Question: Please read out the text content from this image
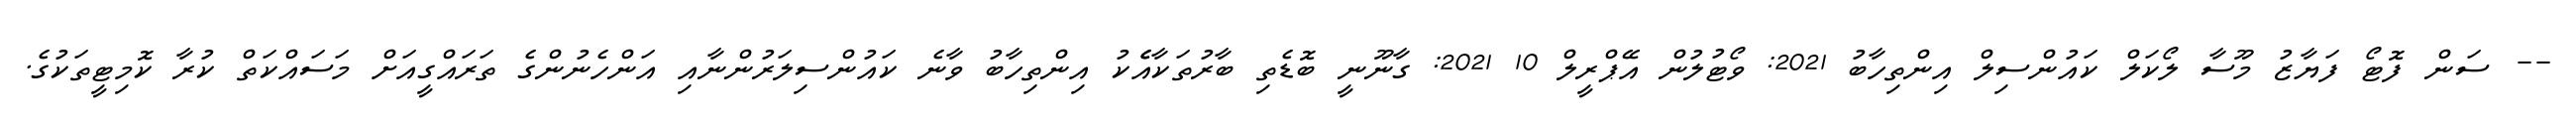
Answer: -- ސަން ފޮޓޯ ފަޔާޒު މޫސާ ލޯކަލް ކައުންސިލް އިންތިހާބު 2021: ވޯޓުލުން އޭޕްރީލް 10 2021: ގާނޫނީ ބޮޑެތި ބާރުތަކާއެެކު އިންތިހާބު ވާނެ ކައުންސިލަރުންނާއި އަންހެނުންގެ ތަރައްގީއަށް މަސައްކަތް ކުރާ ކޮމިޓީތަކުގެ.